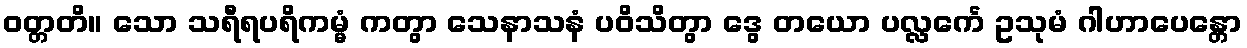
ဝတ္တတိ။ သော သရီရပရိကမ္မံ ကတွာ သေနာသနံ ပဝိသိတွာ ဒွေ တယော ပလ္လင်္ကေ ဥသုမံ ဂါဟာပေန္တော